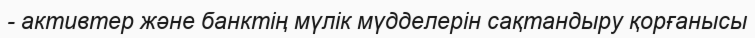
- активтер және банктің мүлік мүдделерін сақтандыру қорғанысы